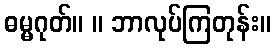
ဓမ္မဂုတ်။ ။ ဘာလုပ်ကြတုန်း။